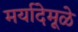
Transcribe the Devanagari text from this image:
मर्यादेमूळे